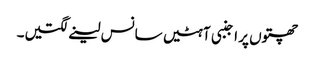
چھتوں پر اجنبی آہٹیں سانس لینے لگتیں۔